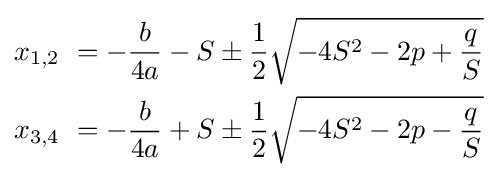
{\begin{aligned}x_{1,2}\ &=-{\frac {b}{4a}}-S\pm {\frac {1}{2}}{\sqrt {-4S^{2}-2p+{\frac {q}{S}}}}\\x_{3,4}\ &=-{\frac {b}{4a}}+S\pm {\frac {1}{2}}{\sqrt {-4S^{2}-2p-{\frac {q}{S}}}}\end{aligned}}